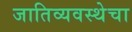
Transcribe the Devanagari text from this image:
जातिव्यवस्थेचा